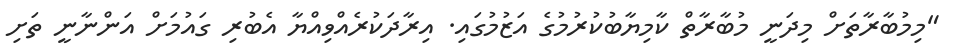
"މިމުބާރާތަށް މިދަނީ މުބާރާތް ކާމިޔާބުކުރުމުގެ އަޒުމުގައި. އިރާދަކުރެއްވިއްޔާ އެބުރި ގައުމަށް އަންނާނީ ތަށި